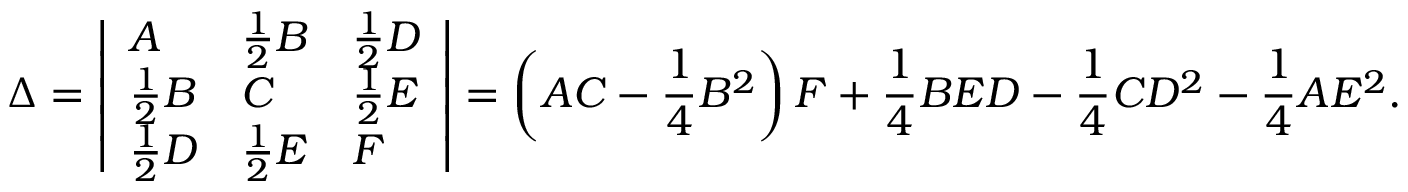
\Delta = { \left| \begin{array} { l l l } { A } & { { \frac { 1 } { 2 } } B } & { { \frac { 1 } { 2 } } D } \\ { { \frac { 1 } { 2 } } B } & { C } & { { \frac { 1 } { 2 } } E } \\ { { \frac { 1 } { 2 } } D } & { { \frac { 1 } { 2 } } E } & { F } \end{array} \right| } = \left( A C - { \frac { 1 } { 4 } } B ^ { 2 } \right) F + { \frac { 1 } { 4 } } B E D - { \frac { 1 } { 4 } } C D ^ { 2 } - { \frac { 1 } { 4 } } A E ^ { 2 } .